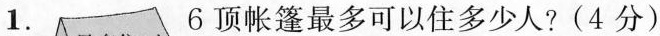
1. 6顶帐篷最多可以住多少人?(4分)